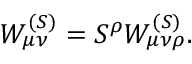
W _ { \mu \nu } ^ { ( S ) } = S ^ { \rho } W _ { \mu \nu \rho } ^ { ( S ) } .